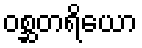
ဝစ္ဆတရိယော